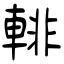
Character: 輫